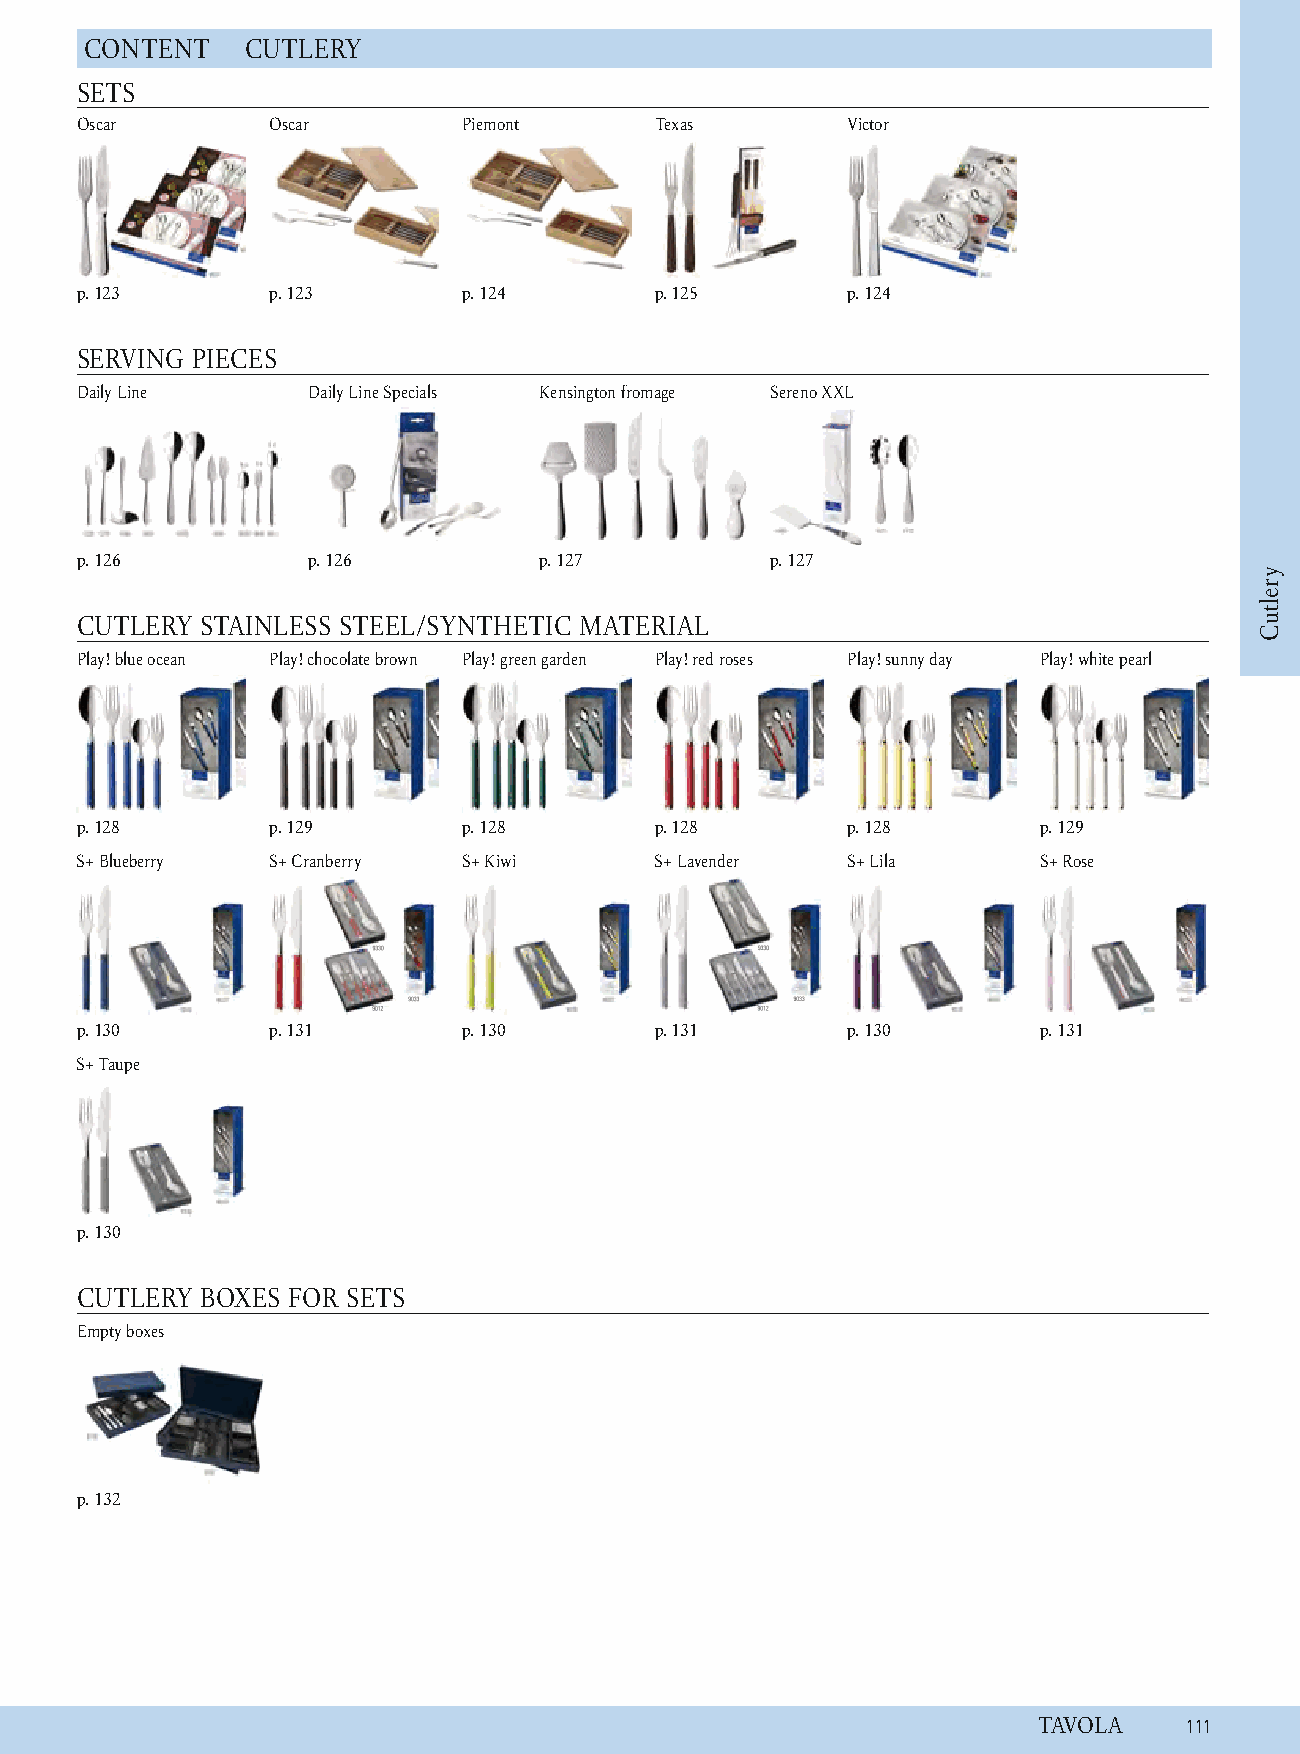
C ONTENT  C UTLERY
 SETS
 Oscar        Oscar        Piemont     T exas       Victor
 p. 1 23      p. 1 23      p. 124      p. 1 25      p. 124
 SERVING PIECES
 Daily Line     Daily Line Specials Kensington fromage Sereno XXL
 p. 1 26        p . 126         p . 127        p . 127
 CUTLERY STAINLESS STEEL/SYNTHETIC MATERIAL
 Play! blue ocean Play! chocolate brown P lay! green garden P lay! red roses P lay! sunny day Play! white pearl
 p. 1 28      p. 1 29      p. 128      p. 1 28      p. 128       p. 1 29
 S+ Blueberry S+ Cranberry S+ Kiwi     S+ Lavender  S+ Lila      S+ Rose
 p. 1 30      p. 1 31      p. 130      p. 1 31      p. 130       p. 1 31
 S+ Taupe
 p. 1 30
 CUTLERY BOXES FOR SETS
 Empty boxes
 p. 1 32
 TAVOLA   1 11
 yreltuC